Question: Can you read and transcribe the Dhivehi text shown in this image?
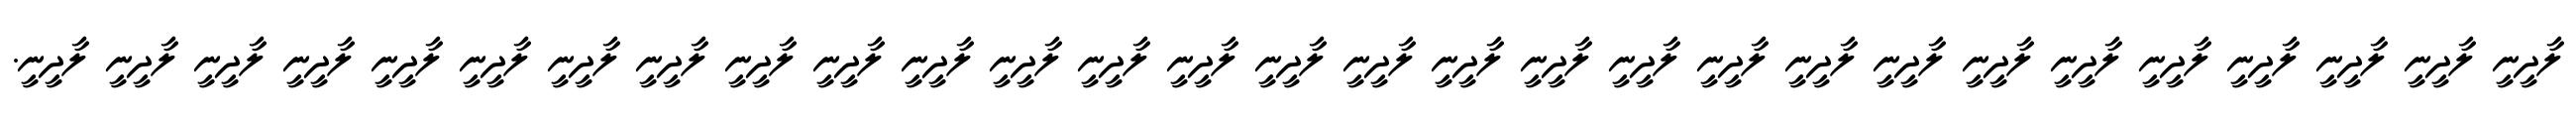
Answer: ލާދީނީ ލާދީނީ ލާދީނީ ލާދީނީ ލާދީނީ ލާދީނީ ލާދީނީ ލާދީނީ ލާދީނީ ލާދީނީ ލާދީނީ ލާދީނީ ލާދީނީ ލާދީނީ ލާދީނީ ލާދީނީ ލާދީނީ ލާދީނީ ލާދީނީ ލާދީނީ ލާދީނީ ލާދީނީ ލާދީނީ ލާދީނީ ލާދީނީ ލާދީނީ ލާދީނީ ލާދީނީ ލާދީނީ.